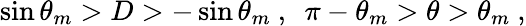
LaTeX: \sin{\theta_{m}}>D>-\sin{\theta_{m}}\ ,\ \ \pi-\theta_{m}>\theta>\theta_{m}\ ,